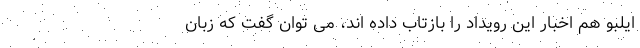
ایلبو هم اخبار این رویداد را بازتاب داده اند، می توان گفت که زبان